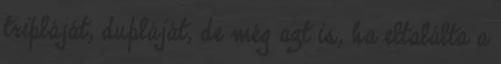
tripláját, dupláját, de még azt is, ha eltalálta a